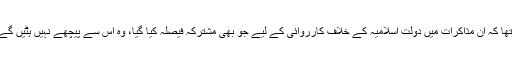
نیوز کانفرنس سے خطاب کرتے ہوئے ان کا کہنا تھا کہ ان مذاکرات میں دولت اسلامیہ کے خلاف کارروائی کے لیے جو بھی مشترکہ فیصلہ کیا گیا، وہ اس سے پیچھے نہیں ہٹیں گے لیکن ترکی اکیلے زمینی کارروائی نہیں کر سکتا۔